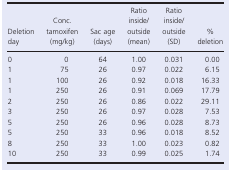
<table><thead><tr><td><b>Deletion day</b></td><td><b>Conc. tamoxifen (mg/kg)</b></td><td><b>Sac age (days)</b></td><td><b>Ratio inside/outside (mean)</b></td><td><b>Ratio inside/outside (SD)</b></td><td><b>% deletion</b></td></tr></thead><tbody><tr><td>0</td><td>0</td><td>64</td><td>1.00</td><td>0.031</td><td>0.00</td></tr><tr><td>1</td><td>75</td><td>26</td><td>0.97</td><td>0.022</td><td>6.15</td></tr><tr><td>1</td><td>100</td><td>26</td><td>0.92</td><td>0.018</td><td>16.33</td></tr><tr><td>1</td><td>250</td><td>26</td><td>0.91</td><td>0.069</td><td>17.79</td></tr><tr><td>2</td><td>250</td><td>26</td><td>0.86</td><td>0.022</td><td>29.11</td></tr><tr><td>3</td><td>250</td><td>26</td><td>0.97</td><td>0.028</td><td>7.53</td></tr><tr><td>5</td><td>250</td><td>26</td><td>0.96</td><td>0.028</td><td>8.73</td></tr><tr><td>5</td><td>250</td><td>33</td><td>0.96</td><td>0.018</td><td>8.52</td></tr><tr><td>8</td><td>250</td><td>33</td><td>1.00</td><td>0.023</td><td>0.82</td></tr><tr><td>10</td><td>250</td><td>33</td><td>0.99</td><td>0.025</td><td>1.74</td></tr></tbody></table>